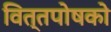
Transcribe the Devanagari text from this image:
वित्तपोषको